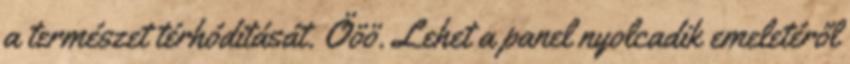
a természet térhóditását. Ööö. Lehet a panel nyolcadik emeletéről